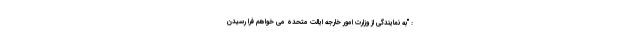
: "به نمایندگی از وزارت امور خارجه ایالت متحده می خواهم فرا رسیدن